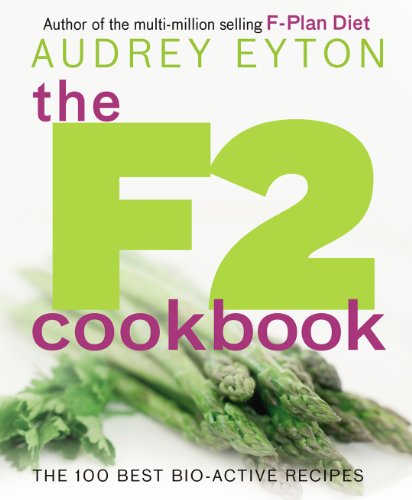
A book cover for The F2 Cookbook; Audrey Eyton; Cookbooks, Food & Wine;